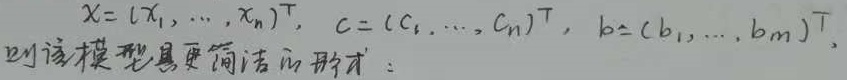
该模型具有简洁的形式:
$X=(x_1,\cdots,x_n)^T,\ C=(c_1,\cdots,c_n)^T,\ b=(b_1,\cdots,b_m)^T$